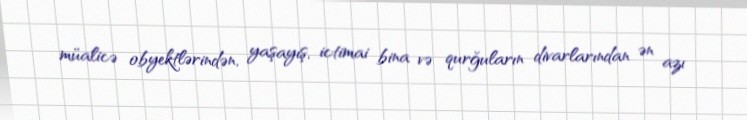
müalicə obyektlərindən, yaşayış, ictimai bina və qurğuların divarlarından ən azı